Vital statistics of India. Vol. VI, European troops 1870-79
Year: 1870
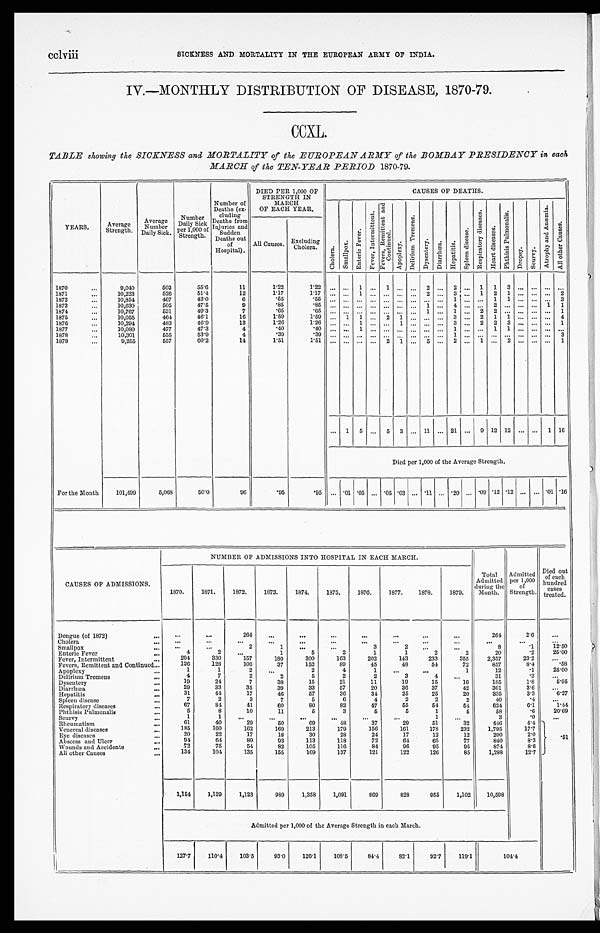
cclviii
SICKNESS AND MORTALITY IN THE EUROPEAN ARMY OF INDIA.
IV.—MONTHLY DISTRIBUTION OF DISEASE, 1870-79.
CCXL.
TABLE showing the SICKNESS and MORTALITY of the EUROPEAN ARMY of the BOMBAY PRESIDENCY in each
MARCH of the TEN-YEAR PERIOD 1870-79.
YEARS.
Average
Strength .
Average
N u m b e r
Daily Sick.
N u m b e r D a i l y S i c k p e r 1 , 0 0 0 o f S t r e n g t h .
N u m b e r o f D e a t h s ( e x - c l u d i n g D e a t h s f r o m I n j u r i e s a n d s u d d e n D e a t h s o u t o f H o s p i t a l s . )
D I E D P E R 1 , 0 0 0 O F S T R E N G T H I N M A R C H O F E A C H Y E A R .
CAUSES OF DEATHS.
C h o l e r a .
S m a l l p o x .
E n t e r i c F e v e r .
F e v e r , I n t e r m i t t e n t .
F e v e r s R e m i t t e n t a n d C o n t i n u e d .
A p o p l e x y .
De l i r i u m T r e me n s .
D y s e n t e r y .
D i a r r h œ a .
H e p a t i t i s .
S p l e e n d i s e a s e s .
R e s p i r a t o r y d i s e a s e s .
H e a r t d i s e a s e s .
P h t h i s i s P u l m o n a l i s .
D r o p s y
S c u r v y .
A t r o p h y a n d A n æmi a .
Al l o t h e r Ca u s e s .
All Causes.
Excluding
Cholera.
1870
...
9,040
503
55.6
11
1.22
1 . 2 2 ...
. . .
1
. . .
1
. . ....
2
. . .
2
. . .
1 1
3
. . .
. . .... ...
1871
...
10,223
526
51.1
12
1.17
1 . 1 7 ...
. . .
1
. . .
. . .
. . ....
2
. . .
3
. . .
1 2
1
. . .
. . .... 2
1872
...
10,854
467
43.0
6
.55
.55
...
...
...
...
...
...
...
. . . ...
1
. . .
. . . 1
1
. . .
. . .... 3
1873
...
10,630
505
47.5
9
.85
.85
...
...
...
...
...
...
...
1
. . .
4
. . .
. . . 2
. . .
. . .
. . .1
1
1874
...
10,767
531
49.3
7
.65
. 6 5 ...
. . .
. . .
. . .
. . .
. . ....
1
. . . 1
. . .
2
2
. . .
. . .
. . ....
1
1875
. . .
10,055
464
46.1
16
1.59
1.59
...
1
1
. . .
2
1
...
. . . ...
3
. . .
2
1
1
. . . ...
...
4
1876
. . .
10,294
483
46.9
13
1.26
1 . 2 6 ...
. . .
1
. . .
. . .
1 ...
. . .
. . .
3
. . .
2 2
3
. . .
. . .... 1
1877
. . .
10,080
477
47.3
4
.40
. 4 0 ...
. . .
1
. . . ...
...
...
...
. . .
1
. . .
. . . 1
1
. . .
. . .... ...
1878
. . .
10,301
555
53.9
4
.39
. 3 9 ...
. . .
. . .
. . .
. . .
. . ....
. . .
. . .
1
. . .
. . . ...
. . .
. . .
. . .... 3
1879
. . .
9,255
557
60.2
14
1.51
1 . 5 1 ...
. . .
. . .
. . .
2
1 ...
5
. . .
2
. . .
1 ...
2
. . .
. . .... 1
...
1
5
...
5
3
...
11
. . . 21
...
9
12
12
. . . ...
1
16
Died per 1,000 of the Average Strength.
For the Month
101,499
5,068
50.0
96
.95
.95
. . .
. 0 1
.05
... .05 .03 ...
. 1 1 ... .20 ... .09
.12
. 1 2 ...
... .01 .16
CAUSES OF ADMISSIONS.
NUMBER OF ADMISSIONS INTO HOSPITAL IN EACH MARCH.
1870.
1871.
1872.
1873.
1874.
1875.
1876.
1877.
1878.
1879.
Total
Admitted
during the
Month.
Admitted
per 1,000 ,
of
Strength.
Died out
of each
hundred
cases
treated.
Dengue (of 1872)
...
...
...
2 6 4
. . .
. . .
...
...
...
...
...
264
2 . 6
. . .
C holera
...
. . .
...
...
. . .
...
...
...
...
...
...
...
...
. . .
Smallpox
... ...
. . .
2
1
...
3
2
. . .
...
8
. 1
12.50
Enteric Fever
...
4
2
. . .
1
5
2
1
1
2
2
20
.2
25.00
Fever, Intermittent
...
294
330
157
180
300
163
202
143
233
355
2,357
23.2
...
Fevers, Remittent and Continued
...
126
128
106
37
152
69
45
48
54
72
857
8.4
.58
Apoplexy
...
1
1
2
...
2
4
1
...
. . .
1
12
.1
25.00
Delirium Tremens
...
4
7
2
2
5
2
2
3
4
...
31
.3
. . .
...
Dysentery
...
19
24
7
38
15
21
11
19
15
16
185
1.8
5.95
Diarrhœa
...
29
33
35
39
33
57
20
36
37
42
361
3.6
. . .
Hepatitis
...
31
44
17
46
57
36
34
25
25
20
335
3.3
6.27
Spleen disease
...
7
2
3
7
5
6
4
2
2
2
40
.4
. . .
Respiratory diseases
...
6 7
81
41
60
80
82
47
55
54
54
624
6.1
1.44
Phthisis Pulmonalis
...
5
8
10
11
5
3
5
5
1
5
58
. 6
20.69
Scurvy
...
1
1
...
. . .
. . .
•••
...
. . .
1
. . .
3
.0
. . .
Rheumatism
...
61
40
29
50
69
48
37
29
51
32
446
4.4
Venereal diseases
...
1 8 5
160
162
169
213
179
156
161
178
232
1,795
17.7
Eye diseases
...
20
22
17
18
30
28
24
17
12
12
200
2.0
. 5 1
Abscess and Ulcer
...
94
61
80
93
113
118
72
64
65
77
840
8.3
W o u n d s a n d A c c i d e n t s
...
72
75
54
82
105
116
84
96
95
95
874
8.6
All other Causes
...
1 3 4
104
135
155
169
137
121
122
126
85
1,288
12.7
1,154
1,129
1,123
989
1,358
1,091
869
828
955
1,102
10,598
Admitted per 1,000 of the Average Strength in each March.
127.7
110.4
103.5
93.0
126.1
108.5
84.4
82.1
92.7
119.1
1 0 4 . 4